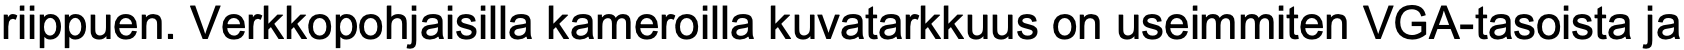
riippuen. Verkkopohjaisilla kameroilla kuvatarkkuus on useimmiten VGA-tasoista ja